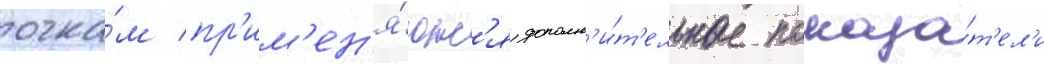
очка́м пр'им'ен'я́ютс'я дополн'и́т'ельные показа́т'ел'и